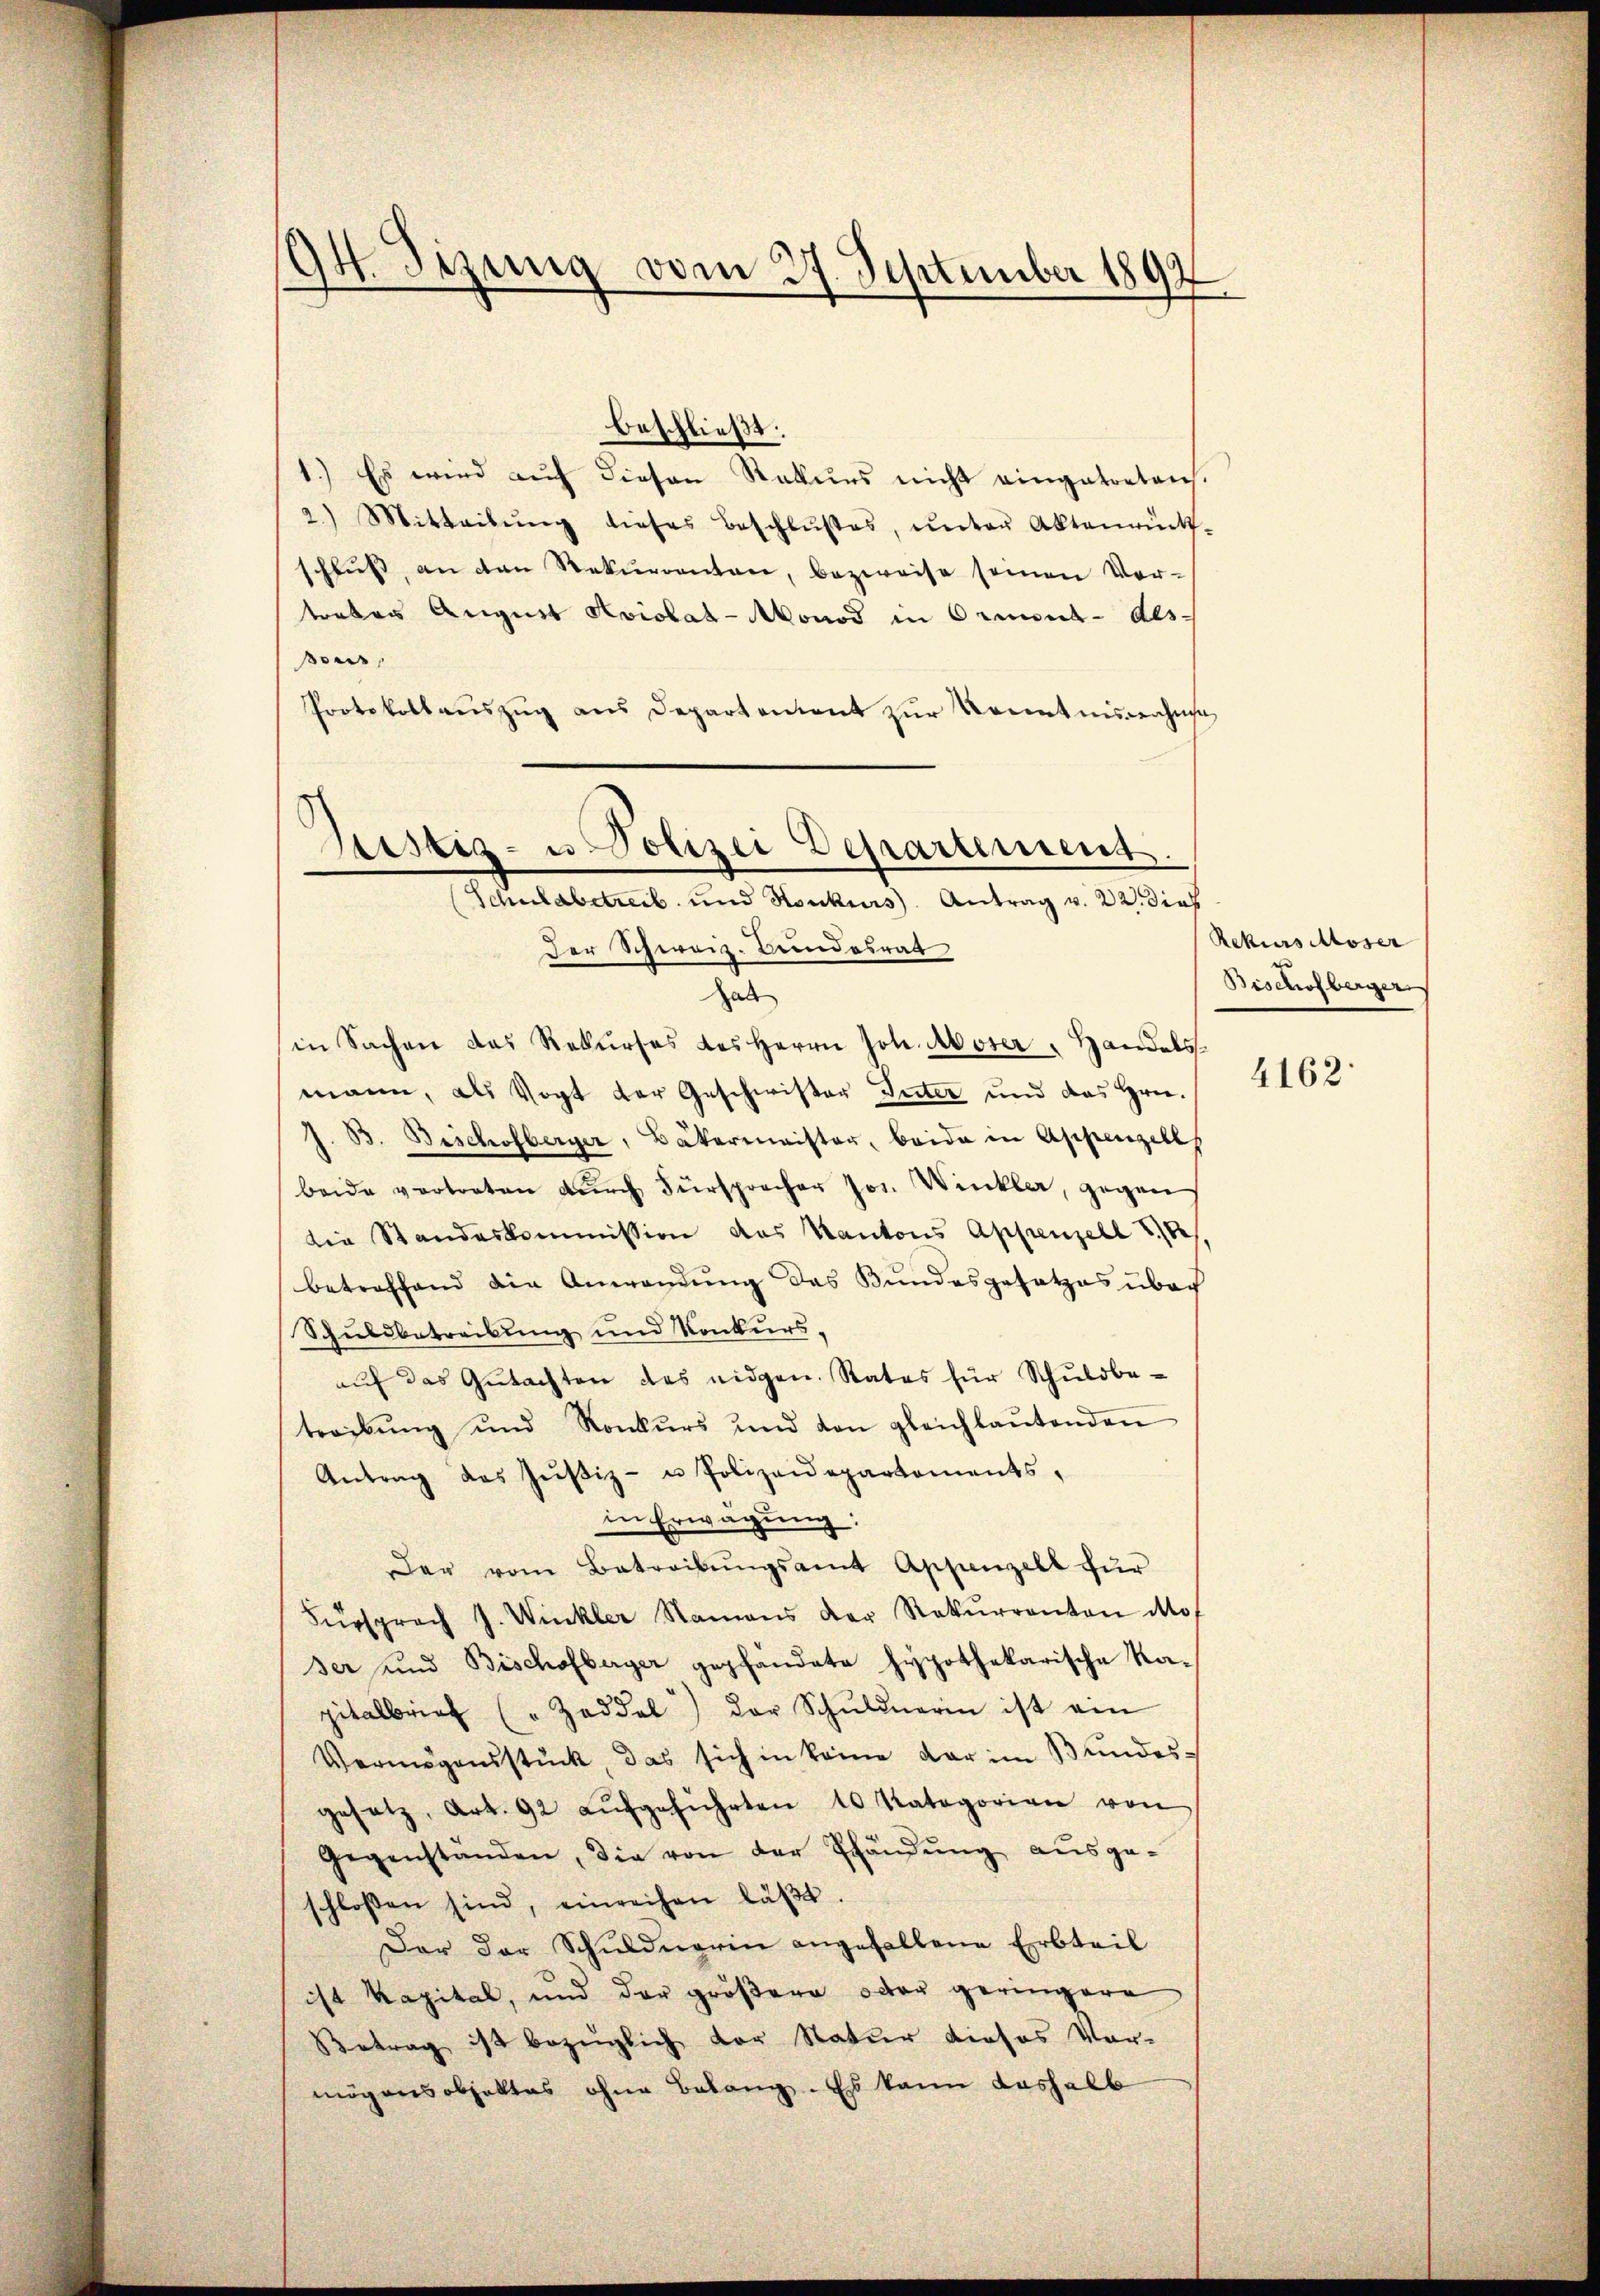
94. Dezung vom 27. September 1892
s

beschließt:
1.) Es wird aŭf diesen Rekurs nicht eingetretens.
2.) Mitteilŭng dieses Beschlŭβes, unter Aktenrück-
schlŭβ an den Rekurrenten, bezweise seinen Vor-
traber August Aviolat-Monod in Ormond-Als-
sous,
Protokollaŭszŭg ans Departement zur Kenntnisnahme
Der Schweiz. Bundesrat
Hab
in Sachen das Rekŭrses des Herrn Joh. Moser " Handels-
mann, als Vogt der Geschwister Inter und das Hrn.
33. Bischofberger, Bäkermeister, beide in Appenzell
beide vortreten dŭrch Fürsprecher Jos. Winklar, gegen
die Standeskommission das Kantons Appenzell 10
betreffend die Anwendung des Bundesgesetzes über
Schuldbetreibung und Konkursaŭf das Gŭtachten des eidgen. Rates für Schŭldbe-
treibŭng und Konkŭrs und von gleichlaŭtenden
Antrag des Zŭβiz- u Polizeidepartements,
in Erwägung:
Der vom Betreibŭngsamt Appenzelt für
Fürsprach J. Winkler Namens der Rekŭrranton Mos
ser und Bischofberger gepfandate hypothekarische Kapitalbrief (" Zaddel) der Schŭldnerin ist ain
Vermögensstück, das sich in keine dar im Bundesgesetz, Art. 92 aŭfgeführten 10 Kategorien von
Gegenständen, die von der Pfändung ausgeschlossen sind, einreihen läβt.
Der der Schuldnerin angefallene Erbteil
ist Kapital, und der größere octor geringere
Betrag ist bezüglich vor Natur dieses Vor-
mögensobjektes ohne Belang. Es kann deshalb

Gstiz- u Polizei Departement.
(Schulabetreib und Konkurs Antrag v. 22. dies

Rekurs Moser
Bischofberger

4162